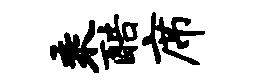
乘酷席